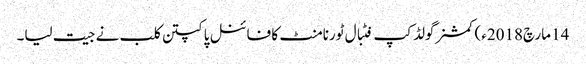
14 مارچ2018ء) کمشنرگولڈ کپ فٹبال ٹورنامنٹ کا فائنل پاکپتن کلب نے جیت لیا۔